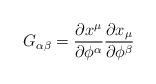
LaTeX: \begin{align*}G_{\alpha\beta}= {\partial x^\mu \over \partial \phi^{\alpha}}{\partial x _\mu \over \partial \phi^\beta}\end{align*}